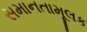
સમાનતામૂલક